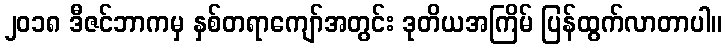
၂၀၁၈ ဒီဇင်ဘာကမှ နှစ်တရာကျော်အတွင်း ဒုတိယအကြိမ် ပြန်ထွက်လာတာပါ။